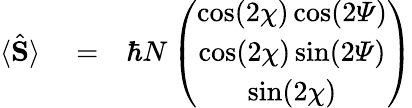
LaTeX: \begin{array}{rlr}{\langle\hat{\mathbf S}\rangle}&{{}=}&{\hbar N\left(\begin{array}{c}{\cos(2\chi)\cos(2{\mathit\Psi})}\\ {\cos(2\chi)\sin(2{\mathit\Psi})}\\ {\sin(2\chi)}\end{array}\right)}\end{array}